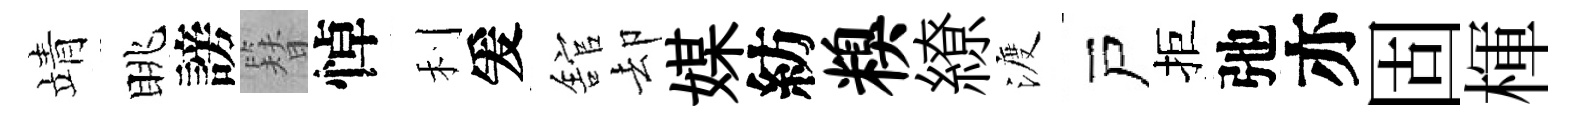
靖眺謗簪悼利爰舘却媒紡糗繚渡戸拒弛亦固楎